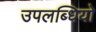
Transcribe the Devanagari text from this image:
उपलब्धियो